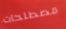
مصطلحات